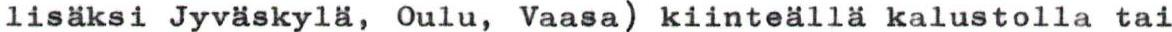
lisäksi Jyväskylä, Oulu, Vaasa) kiinteällä kalustolla tai